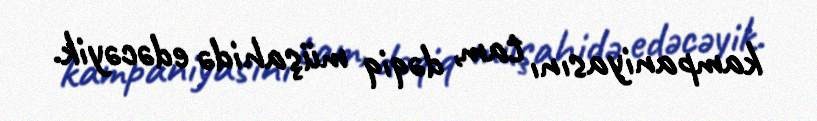
kampaniyasını tam, dəqiq müşahidə edəcəyik.